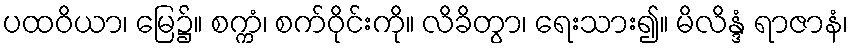
ပထဝိယာ၊ မြေ၌။ စက္ကံ၊ စက်ဝိုင်းကို။ လိခိတွာ၊ ရေးသား၍။ မိလိန္ဒံ ရာဇာနံ၊